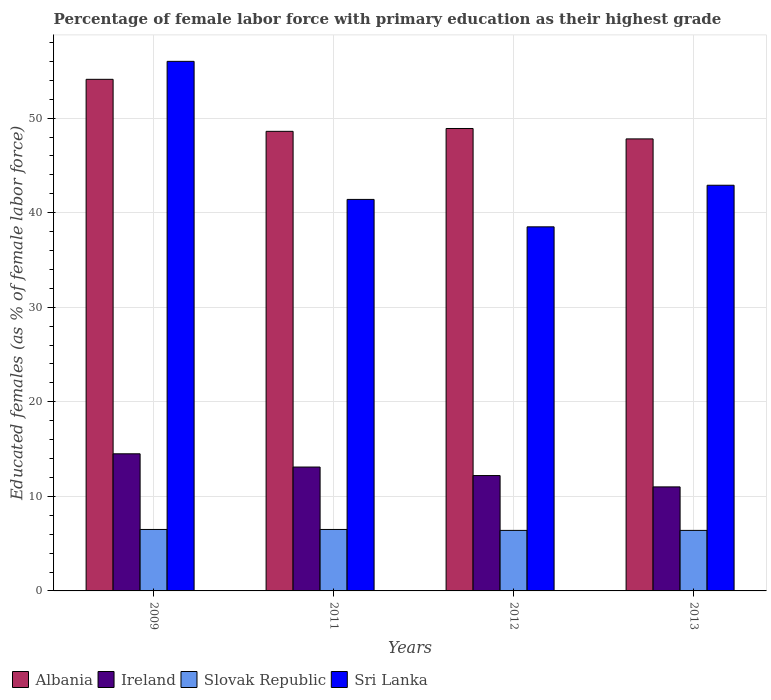
| Years | Albania | Ireland | Slovak Republic | Sri Lanka |
 | --- | --- | --- | --- | --- |
 | 2009 | 54.1 | 14.5 | 6.5 | 56 |
 | 2011 | 48.6 | 13.1 | 6.5 | 41.4 |
 | 2012 | 48.9 | 12.2 | 6.4 | 38.5 |
 | 2013 | 47.8 | 11 | 6.4 | 42.9 |